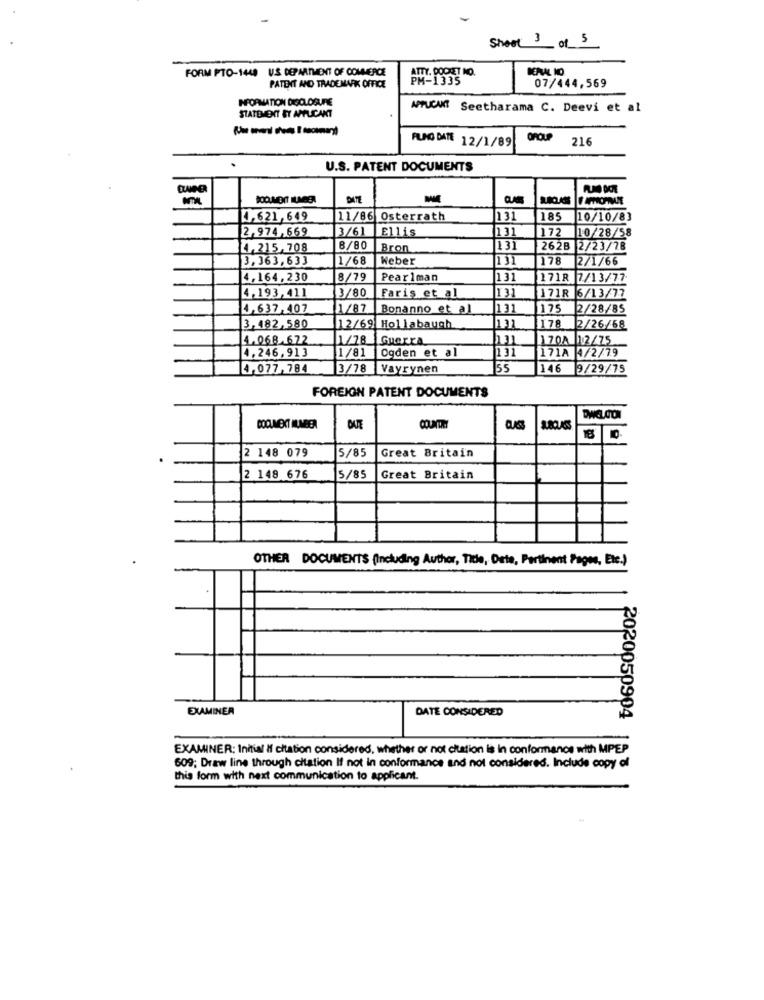
Sheet 3 of 5
FORM PTO-140 U.S. DEPARTMENT OF COMMERCE
ATTY. POCKET NO.
NEPAL 10
PM-1335
07/444,569
PATENT AND TRADEMARK OFFICE
INFORMATION DISCLOSURE
APUCUR Seetharama C. Deevi et al
STATEMENT ET APPLICANT
AUNG DATE 12/1/89
GROUP
216
U.S. PATENT DOCUMENTS
DATE
4.621,649
11/86 Osterrath
131
|185
10/10/83
2,974,669
3/61
Ellis
131
172
10/28/58
4,215,708
8/80
Bron
131
262B 2/23/78
3,363,633
1/68
Weber
131
178
2/1/66
4,164,230
8/79
Pearlman
131
1718 7/13/77
3/80
4,193,411
Faris et al
131
171R 6/13/77
14.637,407
1/87
Bonanno et al
131
1175
2/28/85
3,482,580
12/69 Hollabaugh
131
178 2/26/68
4.068 .672
1/78
Guerra
170A 12/75
4.246,913
1/81
Ogden et al
131
171A 4/2/79
4,077,784
3/78 Vayrynen
55
146 9/29/75
FOREIGN PATENT DOCUMENTS
COOLNEXT MUNEER
5/85
Great Britain
2 148 079
2 148 676
5/85
Great Britain
OTHER DOCUMENTS (Including Author, Title, Date, Pertinent Pages, Etc.)
EXAMINER
DATE CONSIDERED
2020050904
EXAMINER: Initial If citation considered, whether or not citation is in conformance with MPEP
609; Draw line through citation If not in conformance and not considered. Include copy of
this form with next communication to applicant.